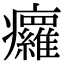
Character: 㿚